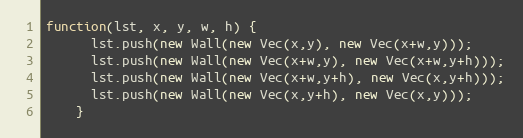
Language: JavaScript
function(lst, x, y, w, h) {
      lst.push(new Wall(new Vec(x,y), new Vec(x+w,y)));
      lst.push(new Wall(new Vec(x+w,y), new Vec(x+w,y+h)));
      lst.push(new Wall(new Vec(x+w,y+h), new Vec(x,y+h)));
      lst.push(new Wall(new Vec(x,y+h), new Vec(x,y)));
    }